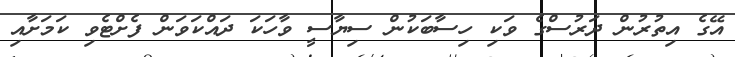
އޭގެ އިތުރުން ދަރުސްގެ ވަކި ހިސާބަކުން ސިޔާސީ ވާހަކަ ދައްކަވަން ފެށްޓެވި ކަމަށާއި